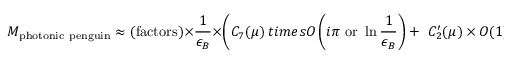
M _ { \mathrm { p h o t o n i c \ p e n g u i n } } \approx ( \mathrm { f a c t o r s } ) \times { \frac { 1 } { \epsilon _ { B } } } \times \left( C _ { 7 } ( \mu ) \, t i m e s O \left( i \pi \ \mathrm { o r } \ \ln { \frac { 1 } { \epsilon _ { B } } } \right) + \ C _ { 2 } ^ { \prime } ( \mu ) \times O ( 1 ) \right) .